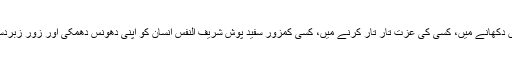
دانت کچکچانے میں، آنکھیں دکھانے میں، کسی کی عزت تار تار کرنے میں، کسی کمزور سفید پوش شریف النفس انسان کو اپنی دھونس دھمکی اور زور زبردستی سے مجبور کرنے میں۔